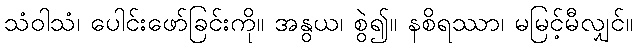
သံဝါသံ၊ ပေါင်းဖော်ခြင်းကို။ အနွယ၊ စွဲ၍။ နစိရဿာ၊ မမြင့်မီလျှင်။